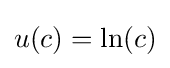
u(c)=\ln(c)